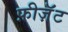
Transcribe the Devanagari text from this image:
फ़ीज़ॅंट